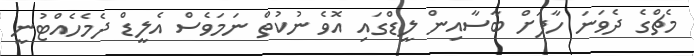
މެޗްގެ ދެވަނަ ހާފަށް ބާސާއިން ލީޑްގައި އޮވެ ނުކުތް ނަމަވެސް އެލީޑް ދެމެހެއްޓުނީ